Lunatic asylums Punjab 1911-1921 - 1911-1921
Year: 1911
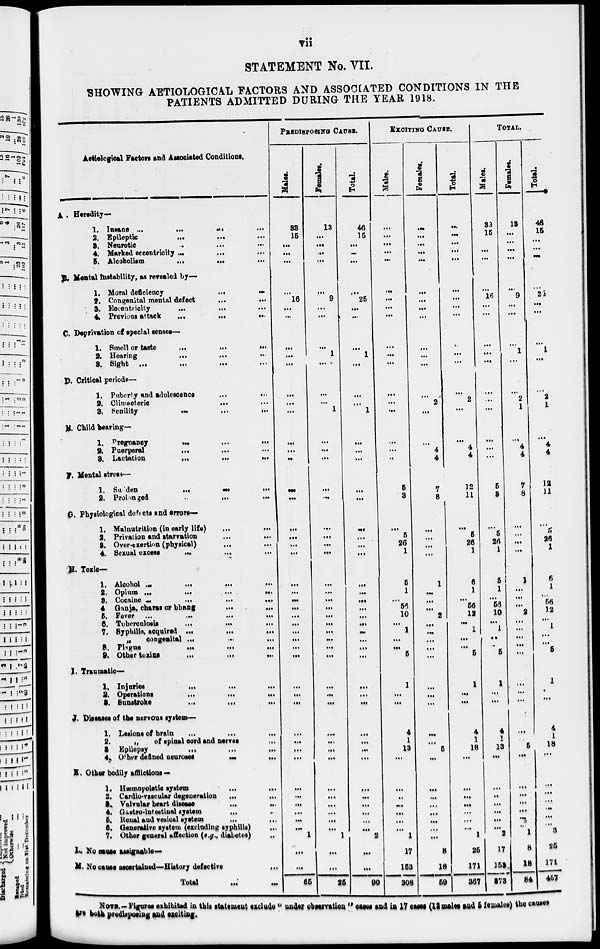
vii
STATEMENT No. VII.
SHOWING AETIOLOGICAL FACTORS AND ASSOCIATED CONDITIONS IN THE
PATIENTS ADMITTED DURING THE YEAR 1918.
Aetiological Factors and Associated Conditions.
A. Heredity—
1. Insane ... ... ...
2. Epileptic ... ... ...
3. Neurotic ... ... ...
4. Marked eccentricity
5. Alcoholism
...
...
...
B. Mental Instability, as revealed by—
1. Moral deficiency
...
...
2. Congenital mental defect ... ...
3. Eccentricity ... ... ...
4 Previous attack ... ... ...
C. Deprivation of special senses—
1. Smell or taste ... ... ...
2. Hearing ... ... ...
3. Sight
...
...
...
...
D. Critical periods—
1. Puberty and Adolescence
...
...
2. Climacteric ... ... ...
3. Senility ... ... ...
E. Child bearing—
1. Pregnancy ... ... ...
2. Puerperal ... ... ...
3. Lactation ... ... ...
F. Mental street—
1. Sudden ... ... ...
2. Prolonged ... ... ...
G. Physiological defects end errors—
1. Malnutrition (in early life)
...
...
2. Privation and starvation ... ...
3. Over-exertion (physical) ... ...
4. Sexual excess ... ... ...
H. Toxic—
1. Alcohol ... ... ...
2. Opium ... ... ...
3. Cocaine ... ... ...
4. Ganja, charas or bhang ... ...
5. Fever ... ... ...
6. Tuberculosis ... ... ...
7. Syphilis, acquired ... ... ...
„ congenital ... ... ...
8. Plague ... ... ...
9. Other toxins ... ... ...
I. Traumatic—
1. Injuries ... ... ...
2. Operations ... ... ...
3. Sunstroke ... ... ...
J. Diseases of the nervous system—
1. Lesions of brain ...
...
...
2.
„
of spinal cord and nerves ...
3 Epilepsy ... ... ...
4. Other defined neuroses ... ... ...
K. Other bodily afflictions—
1. Hæmopoletic system ... ... ...
2. Cardio-vascular degeneration ... ...
3. Valvular heart disease ... ... ...
4. Grasto intestinal system ... ... ...
5. Renal and vesical system ... ... ...
6. Generative system (excluding syphilis) ...
7. Other general affection (e.g., diabetes) ...
L. No cause assignable —
M. No cause ascertained—history defective ...
Total ... ...
PREDISPOSING
CAUSE.
Males.
38
16
...
...
...
...
16
...
...
...
...
...
...
...
...
...
...
...
...
...
...
...
...
...
...
...
...
...
...
...
...
...
...
...
...
...
...
...
...
...
...
...
...
...
...
...
...
1
...
...
65
Females.
13
...
...
...
...
...
9
...
...
...
1
...
...
...
1
...
...
...
...
...
...
...
...
...
...
...
...
...
...
...
...
...
...
...
...
...
...
...
...
...
...
...
...
...
...
...
...
1
...
...
25
Total.
46
16
...
...
...
...
25
...
...
...
1
...
...
...
1
...
...
...
...
...
...
...
...
...
...
...
...
...
...
...
...
...
...
...
...
...
...
...
...
...
...
...
...
...
...
...
...
2
...
...
90
EXCITING CAUSE.
Males.
...
...
...
...
...
...
...
...
...
...
...
...
...
...
...
...
...
...
5
3
...
5
26
1
5
1
...
56
10
...
1
...
...
5
1
...
...
4
1
13
...
...
...
...
...
...
...
1
17
153
308
Females.
...
...
...
...
...
...
...
...
...
...
...
...
...
2
...
...
4
4
7
8
...
...
...
...
1
...
...
...
2
...
...
...
...
...
...
...
...
...
...
5
...
...
...
...
...
...
...
...
8
18
59
Total.
...
...
...
...
...
...
...
...
...
...
...
...
...
2
...
...
4
4
12
11
...
5
26
1
6
1
...
56
12
...
1
...
...
5
1
...
...
4
1
18
...
...
...
...
...
...
...
1
25
171
367
TOTAL.
Males.
33
16
...
...
...
...
16
...
...
...
...
...
...
...
...
...
...
...
5
3
...
5
26
1
5
1
...
56
10
...
1
...
...
5
1
...
...
4
1
13
...
...
...
...
...
...
...
2
17
158
373
Females.
13
...
...
...
...
...
9
...
...
...
1
...
...
2
1
...
4
4
7
8
...
...
...
...
1
...
...
...
2
...
...
...
...
...
...
...
...
...
...
5
...
...
...
...
...
...
...
1
8
18
84
Total.
46
16
...
...
...
...
25
...
...
...
1
...
...
2
1
...
4
4
12
11
...
5
26
1
6
1
...
56
12
...
1
...
...
5
1
...
...
4
1
18
...
...
...
...
...
...
...
3
25
171
457
NOTE.– Figures exhibited in this statement exclude "under observation" cases and in 17 cases (12 males an
are both predisposing and exciting.